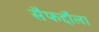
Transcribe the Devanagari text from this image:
सैफद्दौला